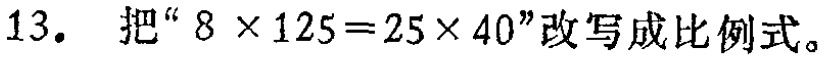
13. 把“\(8\times125 = 25\times40\)”改写成比例式。